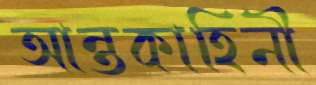
আন্তকাহিনী